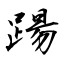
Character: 踼